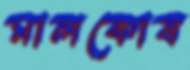
মালকোষ